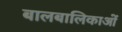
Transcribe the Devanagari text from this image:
बालबालिकाओं